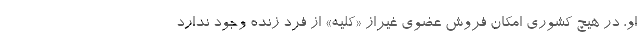
او، در هیچ کشوری امکان فروش عضوی غیراز «کلیه» از فرد زنده وجود ندارد